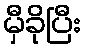
မှီခိုပြီး